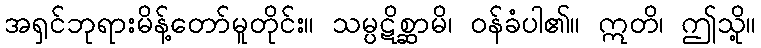
အရှင်ဘုရားမိန့်တော်မူတိုင်း။ သမ္ပဋိစ္ဆာမိ၊ ဝန်ခံပါ၏။ ဣတိ၊ ဤသို့။